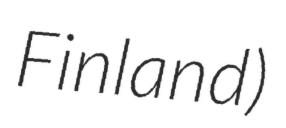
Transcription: Finland)